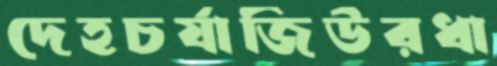
দেহচর্যাজিউরধা